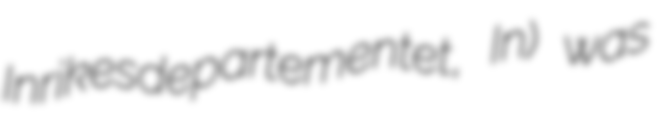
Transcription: Inrikesdepartementet, In) was